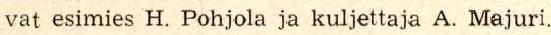
vat esimies H. Pohjola ja kuljettaja A. Majuri.